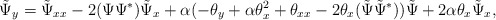
\begin{align*}\tilde \Psi_{y}= \tilde \Psi_{xx}-2 (\Psi \Psi^* ) \tilde \Psi_x + \alpha( -{\theta}_y + \alpha{\theta}_x^2 +{\theta}_{xx} -2\theta_x (\tilde \Psi \tilde \Psi^* ) )\tilde \Psi +2\alpha{\theta}_x\tilde \Psi_x,\end{align*}